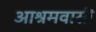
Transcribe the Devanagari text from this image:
आश्रमवासी